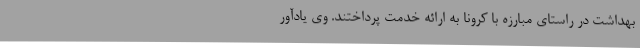
بهداشت در راستای مبارزه با کرونا به ارائه خدمت پرداختند. وی یادآور